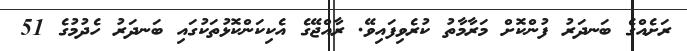
ރަށެއްގެ ބަނދަރު ފުންކޮށް މަރާމާތު ކުރެވިފައިވޭ. ރާއްޖޭގެ އެކިކަންކޮޅުތަކުގައި ބަނދަރު ހެދުމުގެ 51